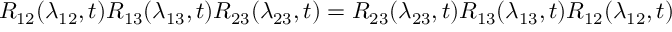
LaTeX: R _ { 1 2 } ( \lambda _ { 1 2 } , t ) R _ { 1 3 } ( \lambda _ { 1 3 } , t ) R _ { 2 3 } ( \lambda _ { 2 3 } , t ) = R _ { 2 3 } ( \lambda _ { 2 3 } , t ) R _ { 1 3 } ( \lambda _ { 1 3 } , t ) R _ { 1 2 } ( \lambda _ { 1 2 } , t )